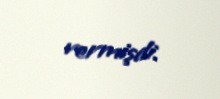
vermişdi.